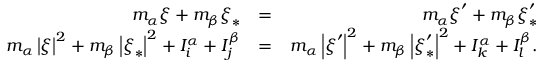
\begin{array} { r l r } { m _ { \alpha } \boldsymbol { \xi } + m _ { \beta } \boldsymbol { \xi } _ { \ast } } & { = } & { m _ { \alpha } \boldsymbol { \xi } ^ { \prime } + m _ { \beta } \boldsymbol { \xi } _ { \ast } ^ { \prime } } \\ { m _ { \alpha } \left\vert \boldsymbol { \xi } \right\vert ^ { 2 } + m _ { \beta } \left\vert \boldsymbol { \xi } _ { \ast } \right\vert ^ { 2 } + I _ { i } ^ { \alpha } + I _ { j } ^ { \beta } } & { = } & { m _ { \alpha } \left\vert \boldsymbol { \xi } ^ { \prime } \right\vert ^ { 2 } + m _ { \beta } \left\vert \boldsymbol { \xi } _ { \ast } ^ { \prime } \right\vert ^ { 2 } + I _ { k } ^ { \alpha } + I _ { l } ^ { \beta } \mathrm { . } } \end{array}